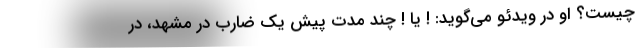
چیست؟ او در ویدئو می‌گوید: ! یا ! چند مدت پیش یک ضارب در مشهد، در